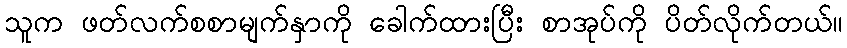
သူက ဖတ်လက်စစာမျက်နှာကို ခေါက်ထားပြီး စာအုပ်ကို ပိတ်လိုက်တယ်။